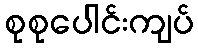
စုစုပေါင်းကျပ်